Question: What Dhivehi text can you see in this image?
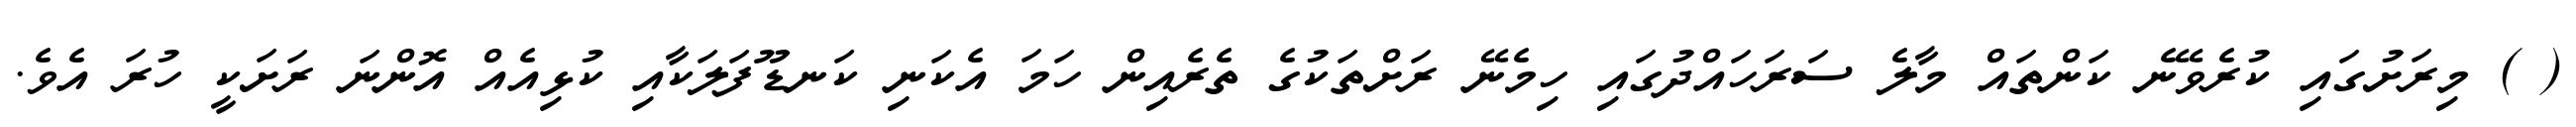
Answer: ( ) މިރަށުގައި ކުރެވޭނެ ކަންތައް މާލެ ސަރަހައްދުގައި ހިމެނޭ ރަށްތަކުގެ ތެރެއިން ހަމަ އެކަނި ކަނޑޫފަލަކާއި ކުޅިއެއް އޮންނަ ރަށަކީ ހުރަ އެވެ.